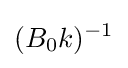
(B_{0}k)^{-1}